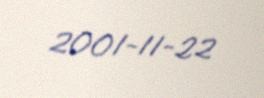
2001-11-22